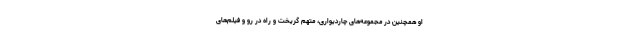
او همچنین در مجموعه‌های چاردیواری، متهم گریخت و راه در رو و فیلم‌های